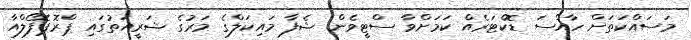
މަސައްކަތަށް ހާއްސަ ޑޮކްޓަރެއް ކަމަށްވާ ސްޓީވެން ޝެފާ މައިކަލްގެ މަރުގެ ޝަރީއަތުގައި ޕްރޮޕޮފޯލްއާ